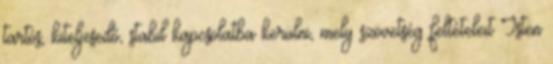
tartós, kiteljesedő, stabil kapcsolatba kerülni, mely szövetség feltételeit Isten